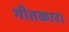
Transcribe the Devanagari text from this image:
गीतकार।